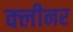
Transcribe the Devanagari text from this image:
क्‍लीनर